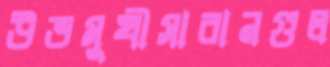
উভমুখীসাবানগুল